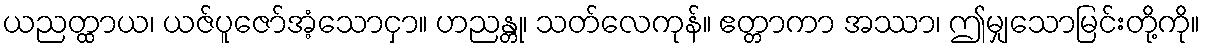
ယညတ္ထာယ၊ ယဇ်ပူဇော်အံ့သောငှာ။ ဟညန္တု၊ သတ်လေကုန်။ ဧတ္တာကာ အဿာ၊ ဤမျှသောမြင်းတို့ကို။